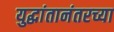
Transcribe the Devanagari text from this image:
युद्धांतानंतरच्या